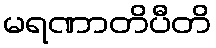
မရဏာတိပီတိ